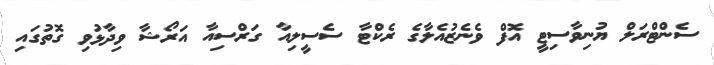
ސެންޓްރަލް ޔުނިވާސިޓީ އޮފް ވެނެޒުއެލާގެ ރެކްޓާ ސެސީލިއާ ގަރްސިއާ އަރޯޝާ ވިދާޅުވި ގޮތުގައި